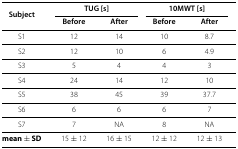
| Subject | <COLSPAN=2> TUG [s] | <COLSPAN=2> 10MWT [s] |
 |  | Before | After | Before | After |
 | --- | --- | --- | --- | --- |
 | S1 | 12 | 14 | 10 | 8.7 |
 | S2 | 12 | 10 | 6 | 4.9 |
 | S3 | 5 | 4 | 4 | 3 |
 | S4 | 24 | 14 | 12 | 10 |
 | S5 | 38 | 45 | 39 | 37.7 |
 | S6 | 6 | 6 | 6 | 7 |
 | S7 | 7 | NA | 8 | NA |
 | mean ± SD | 15 ± 12 | 16 ± 15 | 12 ± 12 | 12 ± 13 |